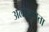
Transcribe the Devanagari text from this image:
अलोलुपता